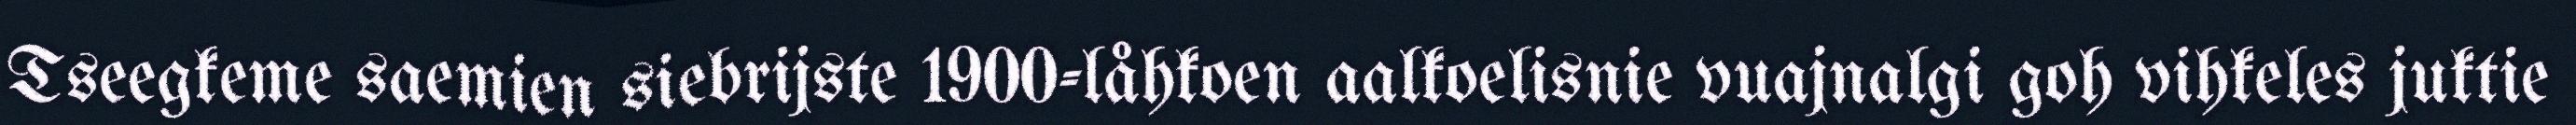
Tseegkeme saemien siebrijste 1900-låhkoen aalkoelisnie vuajnalgi goh vihkeles juktie